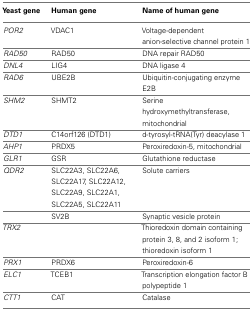
| Yeast gene | Human gene | Name of human gene |
 | --- | --- | --- |
 | POR2 | VDAC1 | Voltage-dependent anion-selective channel protein 1 |
 | RAD50 | RAD50 | DNA repair RAD50 |
 | DNL4 | LIG4 | DNA ligase 4 |
 | RAD6 | UBE2B | Ubiquitin-conjugating enzyme E2B |
 | SHM2 | SHMT2 | Serine hydroxymethyltransferase, mitochondrial |
 | DTD1 | C14orf126 (DTD1) | d-tyrosyl-tRNA(Tyr) deacylase 1 |
 | AHP1 | PRDX5 | Peroxiredoxin-5, mitochondrial |
 | GLR1 | GSR | Glutathione reductase |
 | QDR2 | SLC22A3, SLC22A6, SLC22A17, SLC22A12, SLC22A9, SLC22A1, SLC22A5, SLC22A11 | Solute carriers |
 |  | SV2B | Synaptic vesicle protein |
 | TRX2 |  | Thioredoxin domain containing protein 3, 8, and 2 isoform 1; thioredoxin isoform 1 |
 | PRX1 | PRDX6 | Peroxiredoxin-6 |
 | ELC1 | TCEB1 | Transcription elongation factor B polypeptide 1 |
 | CTT1 | CAT | Catalase |